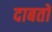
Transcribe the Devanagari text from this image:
दाबतो